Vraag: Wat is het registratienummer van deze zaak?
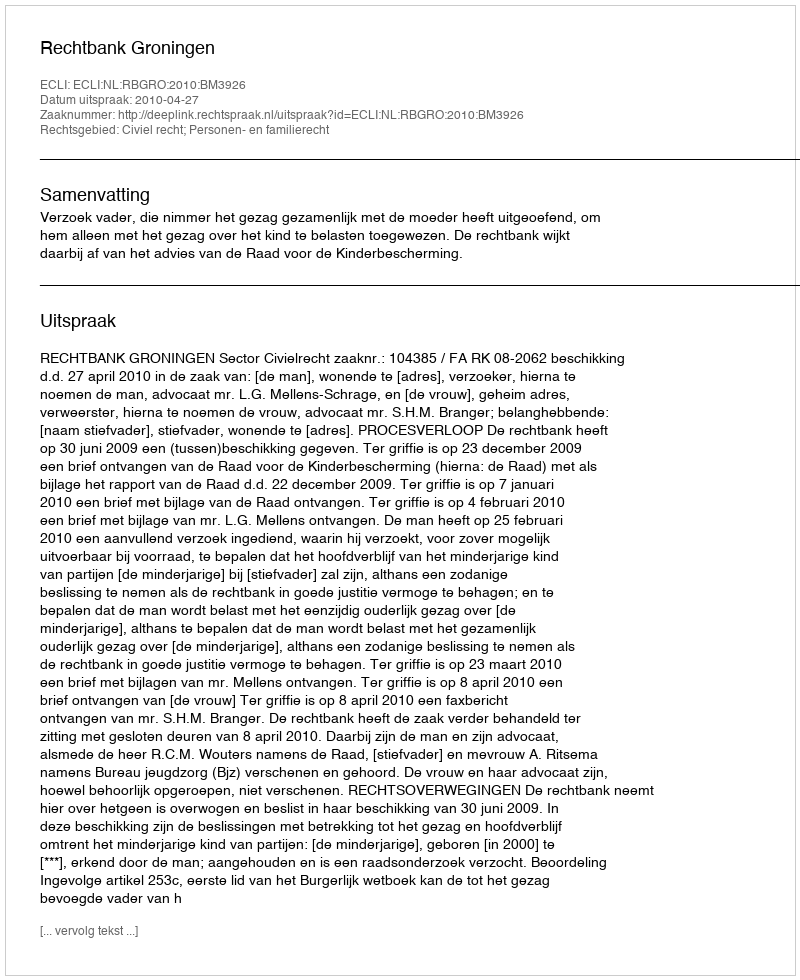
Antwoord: http://deeplink.rechtspraak.nl/uitspraak?id=ECLI:NL:RBGRO:2010:BM3926